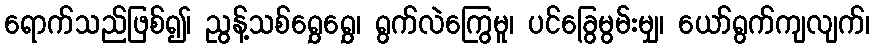
ရောက်သည်ဖြစ်၍၊ ညွန့်သစ်ရွှေရွှေ၊ ရွက်လဲကြွေမူ၊ ပင်ခြွေမွမ်းမျှ၊ ယော်ရွက်ကျလျက်၊